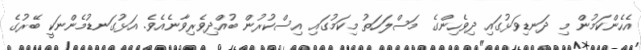
އެހެންކަމުން މި ދަނޑިވަޅުގައި ދިވެހިންގެ މަސްލަހަތު މިކަމުގައި އިސްކުރުން ބުއްދިވެރިވާނެއެވެ. އަޅުގަނޑުމެންނަކީ ބޭރުގެ